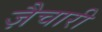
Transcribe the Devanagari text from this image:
ज़ैचारी